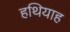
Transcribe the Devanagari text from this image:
हथियाह